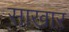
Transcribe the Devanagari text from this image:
साखार